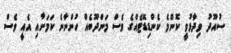
ސުއޫދު ވިދާޅުވީ ކޮންމެ ކެންޑިޑޭޓެއްގެ ވެސް މަންދޫބެއް ހުންނާނެ ކަމަށާއި އެއީ ވެސް